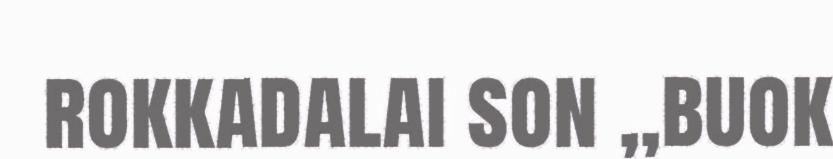
rokkadalai son ,,buok